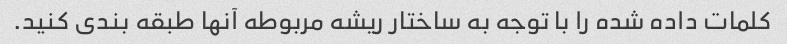
کلمات داده شده را با توجه به ساختار ریشه مربوطه آنها طبقه بندی کنید.